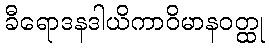
ခီရောဒနဒါယိကာဝိမာနဝတ္ထု